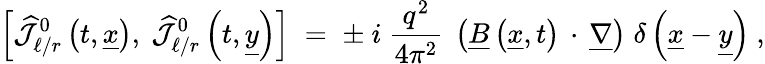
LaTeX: \left[\widehat{{\mathcal J}}_{\ell/r}^{0}\left(t,\underline{{{x}}}\right),~\widehat{{\mathcal J}}_{\ell/r}^{0}\left(t,\underline{{{y}}}\right)\right]\; =\; \pm~i~\frac{q^{2}}{4\pi^{2}}~\left(\underline{{{B}}}\left(\underline{{{x}}},t\right)\, \cdot\, \underline{{{\nabla}}}\right)\; \delta\left(\underline{{{x}}}-\underline{{{y}}}\right)~,